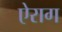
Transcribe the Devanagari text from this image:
ऐराग